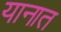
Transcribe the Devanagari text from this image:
यानात